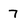
Character: 7